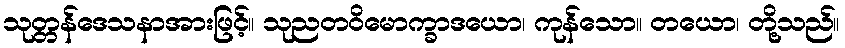
သုတ္တန်ဒေသနာအားဖြင့်။ သုညတဝိမောက္ခာဒယော၊ ကုန်သော။ တယော၊ တို့သည်။